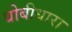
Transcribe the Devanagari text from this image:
धोबीधारा